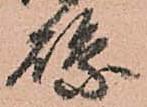
縣